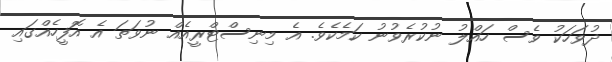
ދުވަހަކު ވެސް ހައްލު ނުކުރެވުނު ކަމެކެވެ. އެ މިނިސްޓްރީއެއް ނުވަތަ އެ އޮފީހެއްގައި